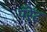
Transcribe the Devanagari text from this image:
पॅरेंट